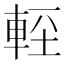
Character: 䡖